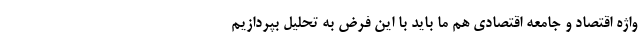
واژه اقتصاد و جامعه اقتصادی هم ما باید با این فرض به تحلیل بپردازیم